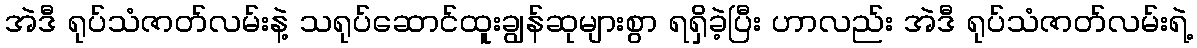
အဲဒီ ရုပ်သံဇာတ်လမ်းနဲ့ သရုပ်ဆောင်ထူးချွန်ဆုများစွာ ရရှိခဲ့ပြီး ဟာလည်း အဲဒီ ရုပ်သံဇာတ်လမ်းရဲ့